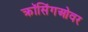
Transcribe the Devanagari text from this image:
क्रॉसिंगओवर